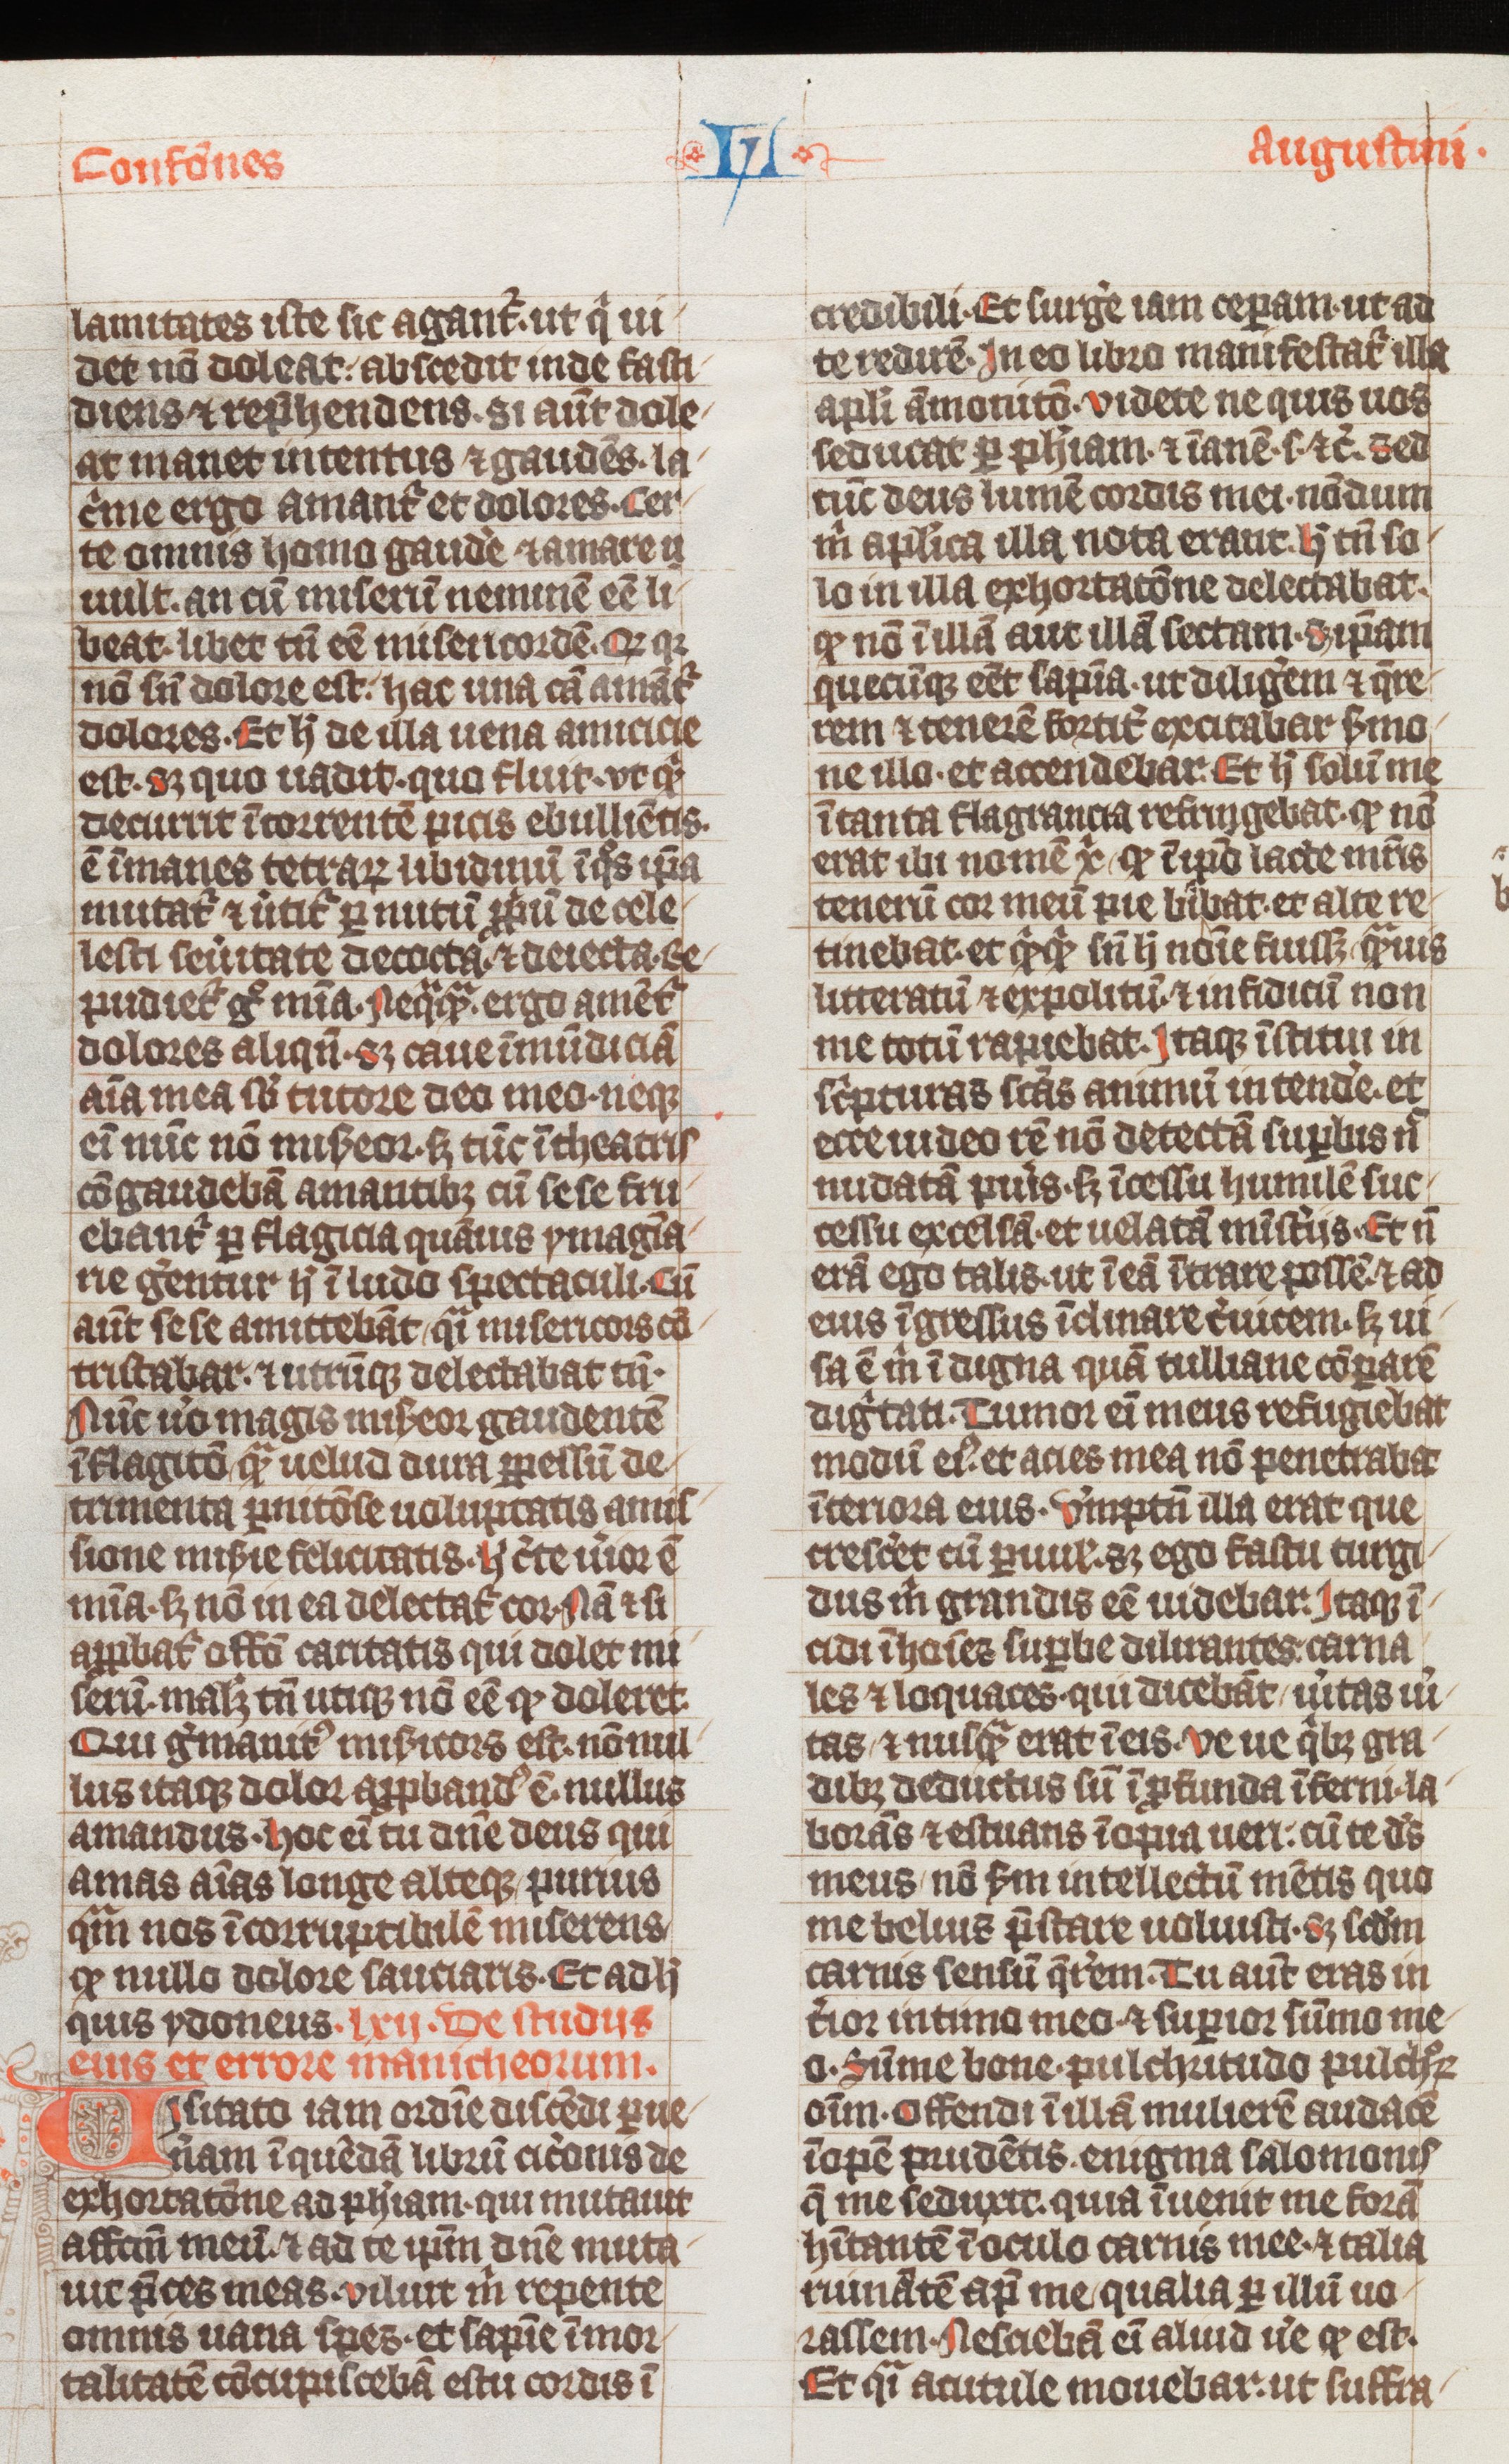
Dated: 1338–1340